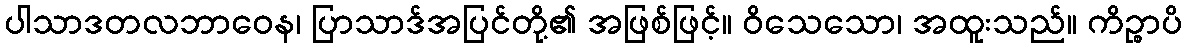
ပါသာဒတလဘာဝေန၊ ပြာသာဒ်အပြင်တို့၏ အဖြစ်ဖြင့်။ ဝိသေသော၊ အထူးသည်။ ကိဉ္စာပိ